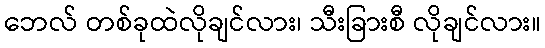
ဘေလ် တစ်ခုထဲလိုချင်လား၊ သီးခြားစီ လိုချင်လား။